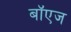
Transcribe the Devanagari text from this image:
बॉएज